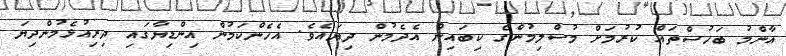
އާންމު ބަހުސްތައް ކުރުމަށް މުސްލިމުންގެ ކިބައިން އެދެމުން ދިޔައެވެ. އެހެންކަމުން އިންޑިޔާގައި ދިރިއުޅެމުންދިޔަ